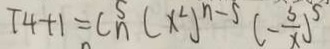
T 4 + 1 = C _ { n } ^ { 5 } ( x ^ { 2 } ) ^ { n - 5 } ( - \frac { 5 } { x } ) ^ { 5 }